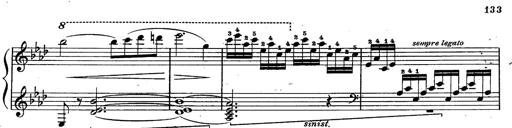
Title: Schubert's Impromptus [revised and edited by Franz Liszt]
Composer: Franz Liszt